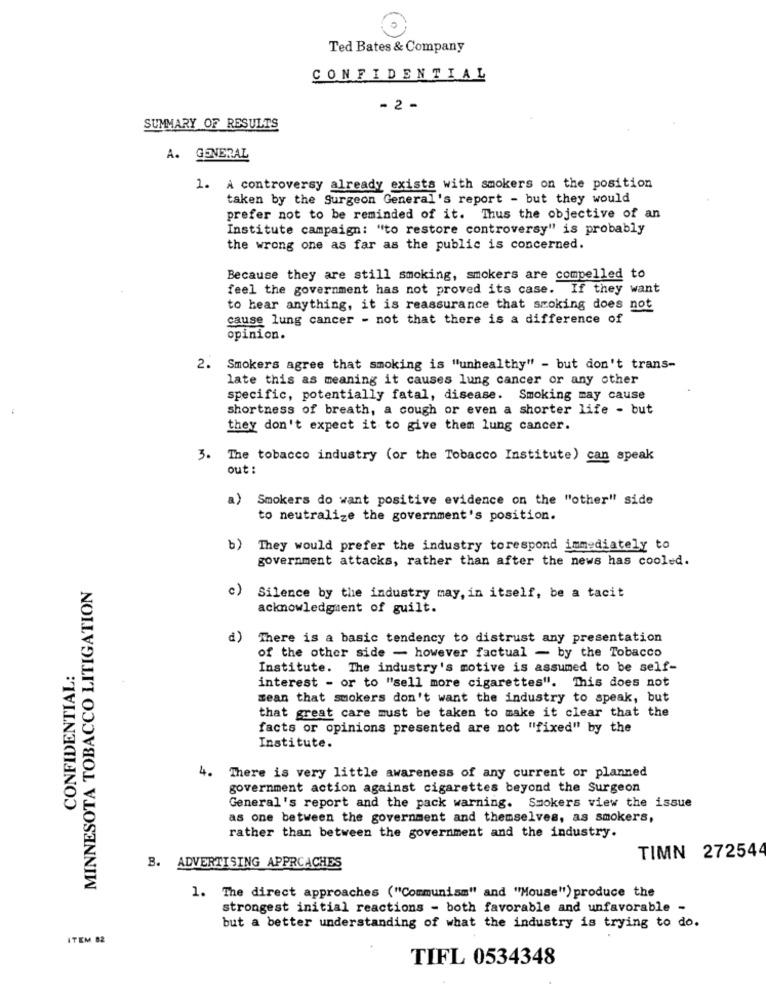
Ted Bates & Company
CONFIDENTIAL
- 2 -
SUMMARY OF RESULTS
A. GENERAL
1. A controversy already exists with smokers on the position
taken by the Surgeon General's report - but they would
prefer not to be reminded of it. Thus the objective of an
Institute campaign: "to restore controversy" is probably
the wrong one as far as the public is concerned.
Because they are still smoking, smokers are compelled to
feel the government has not proved its case. If they want
to hear anything, it is reassurance that smoking does not
cause lung cancer - not that there is a difference of
opinion.
2. Smokers agree that smoking is "unhealthy" - but don't trans-
late this as meaning it causes lung cancer or any other
specific, potentially fatal, disease. Smoking may cause
shortness of breath, a cough or even a shorter life - but
they don't expect it to give them lung cancer.
3.
The tobacco industry (or the Tobacco Institute) can speak
out :
a)
Smokers do want positive evidence on the "other" side
to neutralize the government's position.
6)
They would prefer the industry torespond immediately to
government attacks, rather than after the news has cooled.
MINNESOTA TOBACCO LITIGATION
c)
Silence by the industry may, in itself, be a tacit
acknowledgment of guilt.
₫)
There is a basic tendency to distrust any presentation
of the other side - however factual - by the Tobacco
CONFIDENTIAL:
Institute. The industry's motive is assumed to be self-
interest - or to "sell more cigarettes". This does not
mean that smokers don't want the industry to speak, but
that great care must be taken to make it clear that the
facts or opinions presented are not "fixed" by the
Institute.
4. There is very little awareness of any current or planned
government action against cigarettes beyond the Surgeon
General's report and the pack warning. Smokers view the issue
as one between the government and themselves, as smokers,
rather than between the government and the industry.
TIMN 272544
B. ADVERTISING APPRCACHES
1. The direct approaches ("Communism" and "Mouse") produce the
strongest initial reactions - both favorable and unfavorable -
but a better understanding of what the industry is trying to do.
ITEM 82
TIFL 0534348